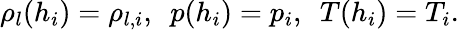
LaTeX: \rho_{l}(h_{i})=\rho_{l,i},~~p(h_{i})=p_{i},~~T(h_{i})=T_{i}.